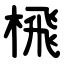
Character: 榌